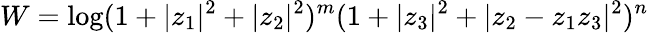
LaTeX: W=\log(1+\vert z_{1}\vert^{2}+\vert z_{2}\vert^{2})^{m}(1+\vert z_{3}\vert^{2}+\vert z_{2}-z_{1}z_{3}\vert^{2})^{n}